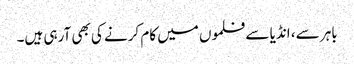
باہر سے، انڈیا سے فلموں میں کام کرنے کی بھی آرہی ہیں۔